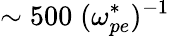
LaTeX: \sim 500\; (\omega_{pe}^{*})^{-1}